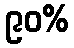
၉၀%